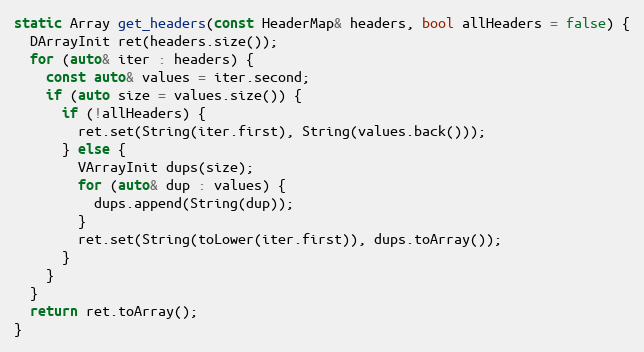
Language: C
static Array get_headers(const HeaderMap& headers, bool allHeaders = false) {
  DArrayInit ret(headers.size());
  for (auto& iter : headers) {
    const auto& values = iter.second;
    if (auto size = values.size()) {
      if (!allHeaders) {
        ret.set(String(iter.first), String(values.back()));
      } else {
        VArrayInit dups(size);
        for (auto& dup : values) {
          dups.append(String(dup));
        }
        ret.set(String(toLower(iter.first)), dups.toArray());
      }
    }
  }
  return ret.toArray();
}